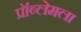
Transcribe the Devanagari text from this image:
प्रॉब्लेमला